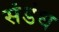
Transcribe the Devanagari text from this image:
संडंध